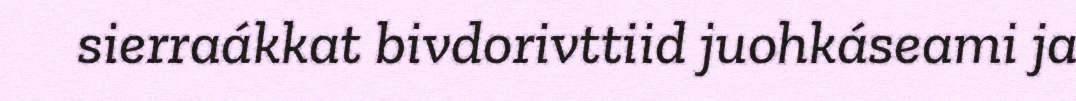
sierraákkat bivdorivttiid juohkáseami ja